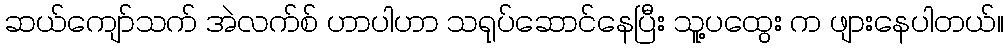
ဆယ်ကျော်သက် အဲလက်စ် ဟာပါဟာ သရုပ်ဆောင်နေပြီး သူ့ပထွေး က ဖျားနေပါတယ်။